Report on vaccination in the Province of Bengal - 1874-1889
Year: 1874
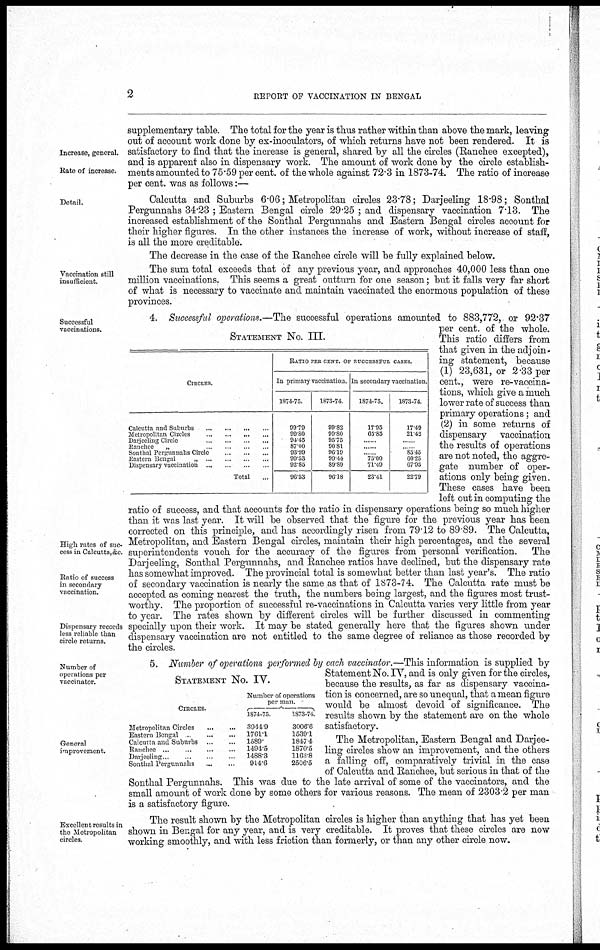
2
REPORT OF VACCINATION IN BENGAL
Increase, general.
Rate of increase.
supplementary table. The total for the year is thus rather within than above the mark, leaving
out of account work done by ex-inoculators, of which returns have not been rendered. It is
satisfactory to find that the increase is general, shared by all the circles (Ranchee excepted),
and is apparent also in dispensary work. The amount of work done by the circle establish-
ments amounted to 75.59 per cent. of the whole against 72.3 in 1873-74. The ratio of increase
per cent. was as follows:—
Detail.
Calcutta and Suburbs 6.06; Metropolitan circles 23.78; Darjeeling 18.98; Sonthal
Pergunnahs 34.23 ; Eastern Bengal circle 29.25 ; and dispensary vaccination 7.13. The
increased establishment of the Sonthal Pergunnahs and Eastern Bengal circles account for
their higher figures. In the other instances the increase of work, without increase of staff,
is all the more creditable.
The decrease in the case of the Ranchee circle will be fully explained below.
Vaccination still
insufficient.
The sum total exceeds that of any previous year, and approaches 40,000 less than one
million vaccinations. This seems a great outturn for one season; but it falls very far short
of what is necessary to vaccinate and maintain vaccinated the enormous population of these
provinces.
Successful
vaccinations.
High rates of suc-
cess in Calcutta,&c.
Ratio of success
in secondary
vaccination.
Dispensary records
less reliable than
circle returns.
STATEMENT No. III.
CIRCLES.
Calcutta and Suburds ... ... ... ...
Metropolitan Circles
...
...
...
...
Darjeeling Circle
...
...
...
...
Ranchee
„
...
...
...
...
Sonthal Pergunnahs Circle ... ...
Eastern Bengal
„ ... ... ... ...
Dispensary vaccination ... ... ...
Total ...
RATIO PER CENT. OF SUCCESSFUL CASES.
In primary vaccination
1874-75.
99.79
99.80
91.15
87.00
93.99
99.53
92.85
96.53
1873-74.
99.82
99.80
95.73
90.81
96.19
90.44
89.89
96.18
In secondary vaccination.
1874-75.
17.95
65.85
......
......
...... 75.00
71.49
23.41
1873-74
17.49
21.42
......
...... 85.45
60.25
67.93
22.79
4. Successful operations.—The successful operations amounted to 883,772, or 92.37
per cent. of the whole.
This ratio differs from
that given in the adjoin-
ing statement, because
(1) 23,631, or 2.33 per
cent., were re-vaccina-
tions, which give a much
lower rate of success than
primary operations; and
(2) in some returns of
dispensary vaccination
the results of operations
are not noted, the aggre-
gate number of oper-
ations only being given.
These cases have been
left out in computing the
ratio of success, and that accounts for the ratio in dispensary operations being so much higher
than it was last year. It will be observed that the figure for the previous year has been
corrected on this principle, and has accordingly risen from 79.12 to 89.89. The Calcutta,
Metropolitan, and Eastern Bengal circles, maintain their high percentages, and the several
superintendents vouch for the accuracy of the figures from personal verification. The
Darjeeling, Sonthal Pergunnahs, and Ranchee ratios have declined, but the dispensary rate
has somewhat improved. The provincial total is somewhat better than last year's. The ratio
of secondary vaccination is nearly the same as that of 1873-74. The Calcutta rate must be
accepted as coming nearest the truth, the numbers being largest, and the figures most trust-
worthy. The proportion of successful re-vaccinations in Calcutta varies very little from year
to year. The rates shown by different circles will be further discussed in commenting
specially upon their work. It may be stated generally here that the figures shown under
dispensary vaccination are not entitled to the same degree of reliance as those recorded by
the circles.
Number of
operations per
vaccinator.
General
improvement.
STATEMENT No. IV.
CIRCLES.
Metropolitan Circles
...
...
Eastern Bengal ... ...
Calcutta and Suburbs
...
...
Ranchee
...
...
...
...
Darjeeling ... ... ... ...
Sonthal Pergunnahs
...
...
Number of operations
per man.
1874-75.
3941.9
1761.1
1589
1494.5
1488.3
914.6
1873-74.
3006.6
1539.1
1847.4
1870.5
1163.8
2506.5
5. Number of operations performed by each vaccinator.—This information is supplied by
Statement No. IV, and is only given for the circles,
because the results, as far as dispensary vaccina-
tion is concerned, are so unequal, that a mean figure
would be almost devoid of significance. The
results shown by the statement are on the whole
satisfactory.
The Metropolitan, Eastern Bengal and Darjee-
ling circles show an improvement, and the others
a falling off, comparatively trivial in the case
of Calcutta and Ranchee, but serious in that of the
Sonthal Pergunnahs. This was due to the late arrival of some of the vaccinators, and the
small amount of work done by some others for various reasons. The mean of 2303.2 per man
is a satisfactory figure.
Excellent results in
the Metropolitan
circles.
The result shown by the Metropolitan circles is higher than anything that has yet been
shown in Bengal for any year, and is very creditable. It proves that these circles are now
working smoothly, and with less friction than formerly, or than any other circle now.